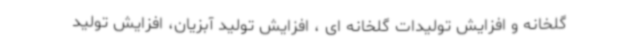
گلخانه و افزایش تولیدات گلخانه ای ، افزایش تولید آبزیان، افزایش تولید